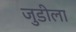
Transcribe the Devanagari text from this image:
जुडीला